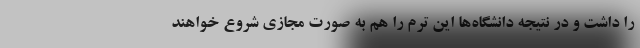
را داشت و در نتیجه دانشگاه‌ها این ترم را هم به صورت مجازی شروع خواهند